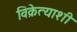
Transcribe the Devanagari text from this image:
विक्रेत्याशी